Cholera in India, 1862 to 1881
Year: 1862
Disease focus: Cholera
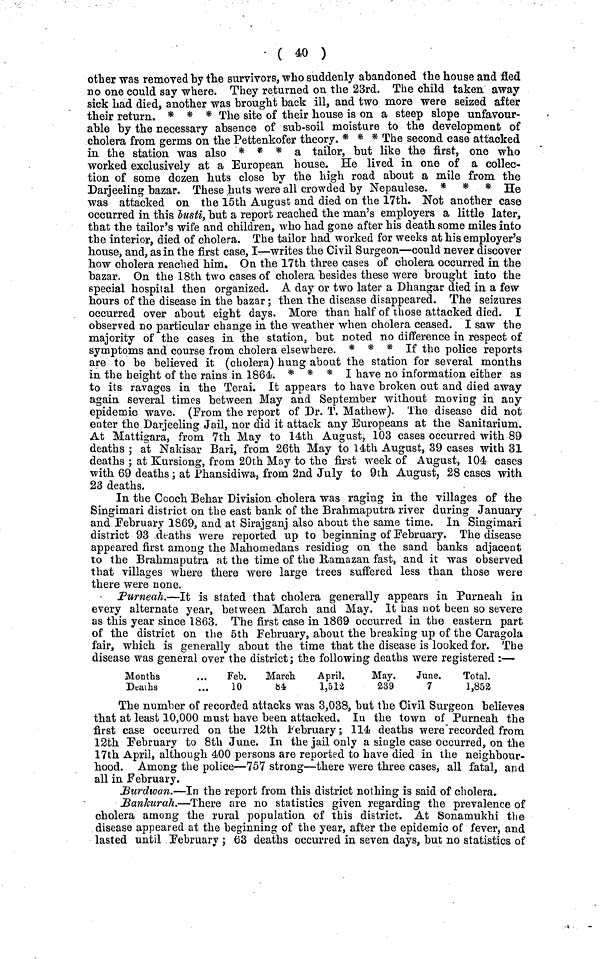
( 40 )
other was removed by the survivors, who suddenly abandoned the house and fled
no one could say where. They returned on the 23rd. The child taken away
sick Lad died, another was brought back ill, and two more were seized after
their return. * * * The site of their house is on a steep slope unfavour-
able by the necessary absence of sub-soil moisture to the development of
cholera from germs on the Pettenkofer theory. * * * The second case attacked
in the station was also * * * a tailor, but like the first, one who
worked exclusively at a European house. He lived in one of a collec-
tion of some dozen huts close by the high road about a mile from the
Darjeeling bazar. These huts were all crowded by Nepaulese. * * * He
was attacked on the 15th August and died on the 17th. Not another case
occurred in this busti, but a report reached the man's employers a little later,
that the tailor's wife and children, who had gone after his death some miles into
the interior, died of cholera. The tailor had worked for weeks at his employer's
house, and, as in the first case, I—writes the Civil Surgeon—could never discover
how cholera reached him. On the 17th three cases of cholera occurred in the
bazar. On the 18th two cases of cholera besides these were brought into the
special hospital then organized. A day or two later a Dhangar died in a few
hours of the disease in the bazar ; then the disease disappeared. The seizures
occurred over about eight days. More than half of those attacked died. I
observed no particular change in the weather when cholera ceased. I saw the
majority of the cases in the station, but noted no difference in respect of
symptoms and course from cholera elsewhere. * * * If the police reports
are to be believed it (cholera) hung about the station for several months
in the height of the rains in 1864. * * * I have no information either as
to its ravages in the Terai. It appears to have broken out and died away
again several times between May and September without moving in any
epidemic wave. (From the report of Dr. T. Mathew). The disease did not
enter the Darjeeling Jail, nor did it attack any Europeans at the Sanitarium.
At Mattigara, from 7th May to 14th August, 103 cases occurred with 89
deaths ; at Nakisar Bari, from 26th May to 14th August, 39 cases with 31
deaths ; at Kursiong, from 20th May to the first week of August, 104 cases
with 69 deaths ; at Phansidiwa, from 2nd July to 9th August, 28 cases with
23 deaths.
In the Cooch Behar Division cholera was raging in the villages of the
Singimari district on the east bank of the Brahmaputra river during January
and February 1869, and at Sirajganj also about the same time. In Singimari
district 93 deaths were reported up to beginning of February. The disease
appeared first among the Mahomedans residing on the sand banks adjacent
to the Brahmaputra at the time of the Ramazan fast, and it was observed
that villages where there were large trees suffered less than those were
there were none,
Purneah.—It is stated that cholera generally appears in Purneah in
every alternate year, between March and May. It has not been so severe
as this year since 1863. The first case in 1869 occurred in the eastern part
of the district on the 5th February, about the breaking up of the Caragola
fair, which is generally about the time that the disease is looked for. The
disease was general over the district; the following deaths were registered :—
Months
Deaths
Feb.
10
March
84
April.
1,512
May.
239
June.
7
Total.
1,852
The number of recorded attacks was 3,038, but the Civil Surgeon believes
that at least 10,000 must have been attacked. In the town of Purneah the
first case occurred on the 12th February ; 114 deaths were recorded from
12th February to 8th June. In the jail only a single case occurred, on the
17th April, although 400 persons are reported to have died in the neighbour-
hood. Among the police—757 strong—there were three cases, all fatal, and
all in February.
Burdwan.—In the report from this district nothing is said of cholera.
Bankurah.—There are no statistics given regarding the prevalence of
cholera among the rural population of this district. At Sonamukhi the
disease appeared at the beginning of the year, after the epidemic of fever, and
lasted until February ; 63 deaths occurred in seven days, but no statistics of